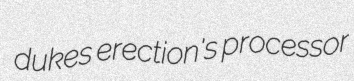
dukes erection's processor